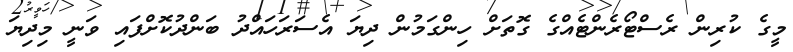
މީގެ ކުރިން ރެސްޓޯރެންޓެއްގެ ގޮތަށް ހިންގަމުން ދިޔަ އެސަރަހައްދު ބަންދުކޮށްފައި ވަނީ މިދިޔަ